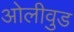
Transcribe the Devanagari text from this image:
ओलीवुड